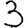
Digit: 3